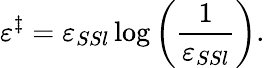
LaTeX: \varepsilon^{\ddagger}=\varepsilon_{SSl}\log\left(\frac{1}{\varepsilon_{SSl}}\right).